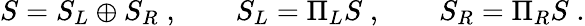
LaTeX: S=S_{L}\oplus S_{R}\; ,\qquad S_{L}=\Pi_{L}S\; ,\qquad S_{R}=\Pi_{R}S\; .